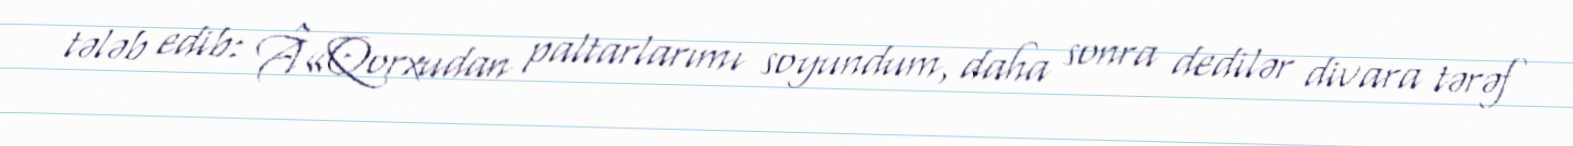
tələb edib: Â«Qorxudan paltarlarımı soyundum, daha sonra dedilər divara tərəf